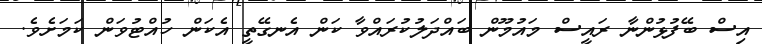
އިސް ބޭފުޅުންނާ ރައީސް މައުމޫން ބައްދަލުކުރައްވާ ކަން އެނގޭތީ އެކަން ހުއްޓުވަން ކަމަށެވެ.